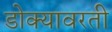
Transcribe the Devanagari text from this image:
डोक्यावरती